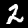
Digit: 2